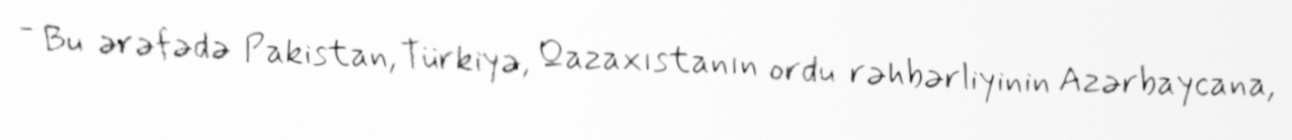
- Bu ərəfədə Pakistan, Türkiyə, Qazaxıstanın ordu rəhbərliyinin Azərbaycana,